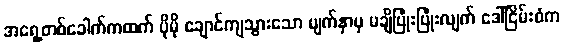
အရှေ့တစ်ခေါက်ကထက် ပိုမို ချောင်ကျသွားသော မျက်နှာမှ မချိပြုံးပြုံးလျက် ဒေါ်ငြိမ်းစံက